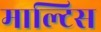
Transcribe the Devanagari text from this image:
माल्टिस